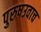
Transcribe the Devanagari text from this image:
पुरुषउवाच